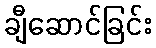
ချီဆောင်ခြင်း